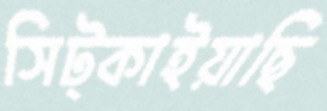
সিট্‌কাইয়াছি